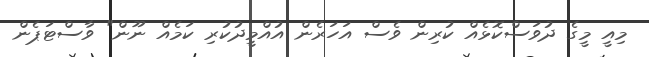
މިއީ މީގެ ދުވަސްކޮޅެއް ކުރިން ވެސް އަހަރެން އުއްމީދުކުރި ކަމެއް ނޫން" ވާސްޓަޕެން